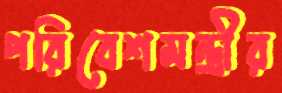
পরিবেশমন্ত্রীর